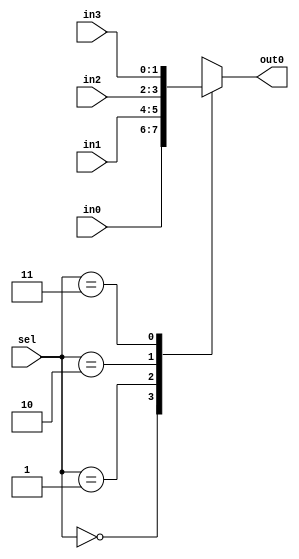
module mux4(
    input [1:0] in0,
    input [1:0] in1,
    input [1:0] in2,
    input [1:0] in3,
    input [1:0] sel,
    output reg [1:0] out0
    );
    
    always@(*) begin
        case(sel)
           2'b00: out0 = in0;
           2'b01: out0 = in1;
           2'b10: out0 = in2;
           2'b11: out0 = in3; 
        endcase
    end
    
endmodule